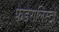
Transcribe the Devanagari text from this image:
फेडेरालिस्टों